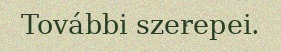
További szerepei.